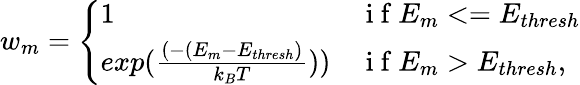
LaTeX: w_{m}=\left\{ \begin{array}{ll}{1}&{\mathrm{~i~f~}E_{m}<=E_{thresh}}\\ {exp({\frac{(-(E_{m}-E_{thresh})}{k_{B}T})})}&{\mathrm{~i~f~}E_{m}>E_{thresh},}\end{array}\right.